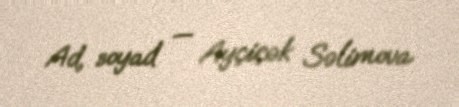
Ad, soyad — Ayçiçək Səlimova